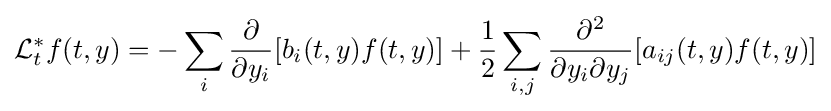
{\cal {L}}_{t}^{*}f(t,y)=-\sum _{i}{\frac {\partial }{\partial y_{i}}}[b_{i}(t,y)f(t,y)]+{\frac {1}{2}}\sum _{i,j}{\frac {\partial ^{2}}{\partial y_{i}\partial y_{j}}}[a_{ij}(t,y)f(t,y)]